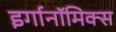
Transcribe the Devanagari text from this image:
इर्गानॉमिक्स